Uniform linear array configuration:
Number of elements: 48
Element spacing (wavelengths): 1
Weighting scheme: binomial
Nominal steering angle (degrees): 60
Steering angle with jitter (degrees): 60.79
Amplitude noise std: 0.05
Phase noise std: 0.05

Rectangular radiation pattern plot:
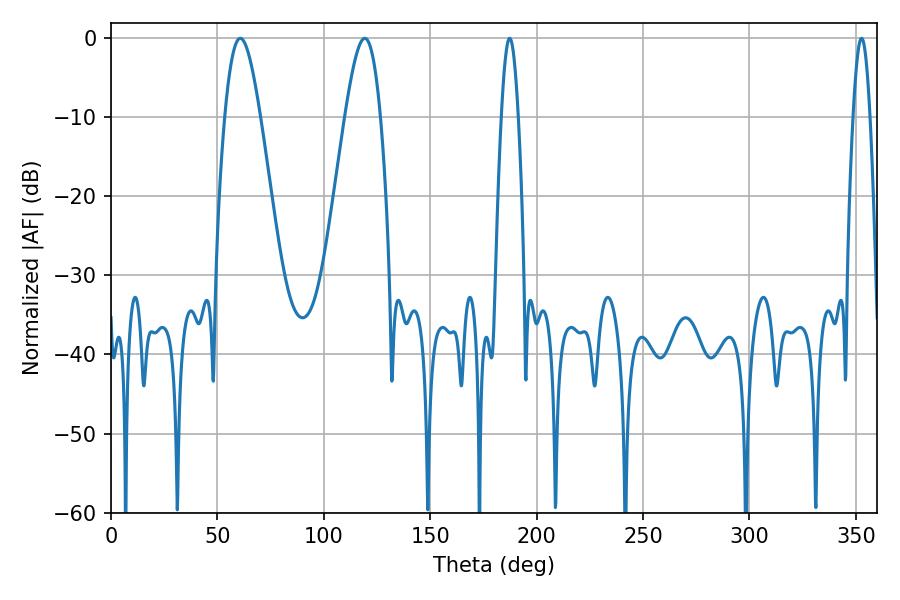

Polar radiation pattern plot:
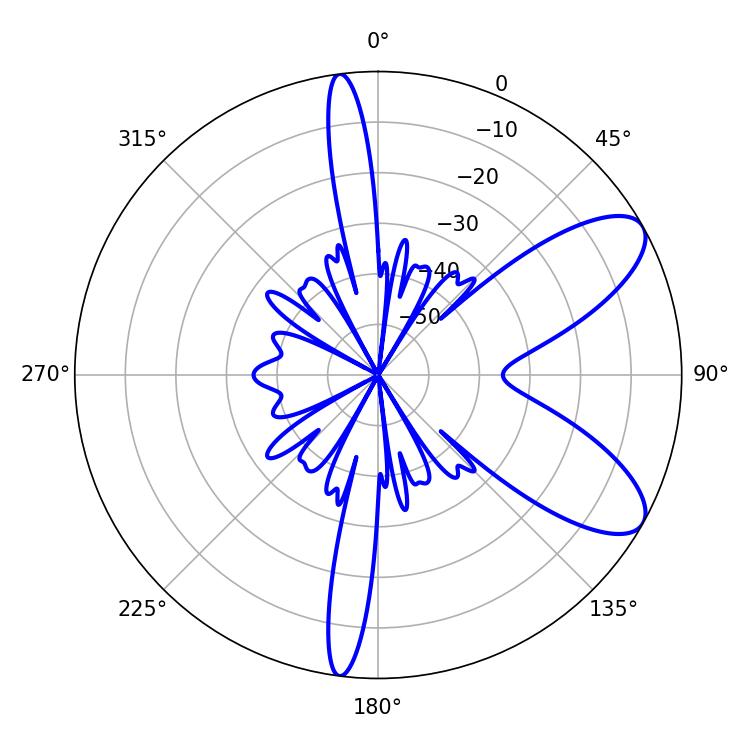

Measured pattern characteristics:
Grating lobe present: TRUE
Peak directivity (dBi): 8.565
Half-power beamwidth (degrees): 8.82
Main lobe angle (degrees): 60.84